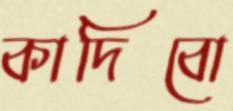
কাদিবো